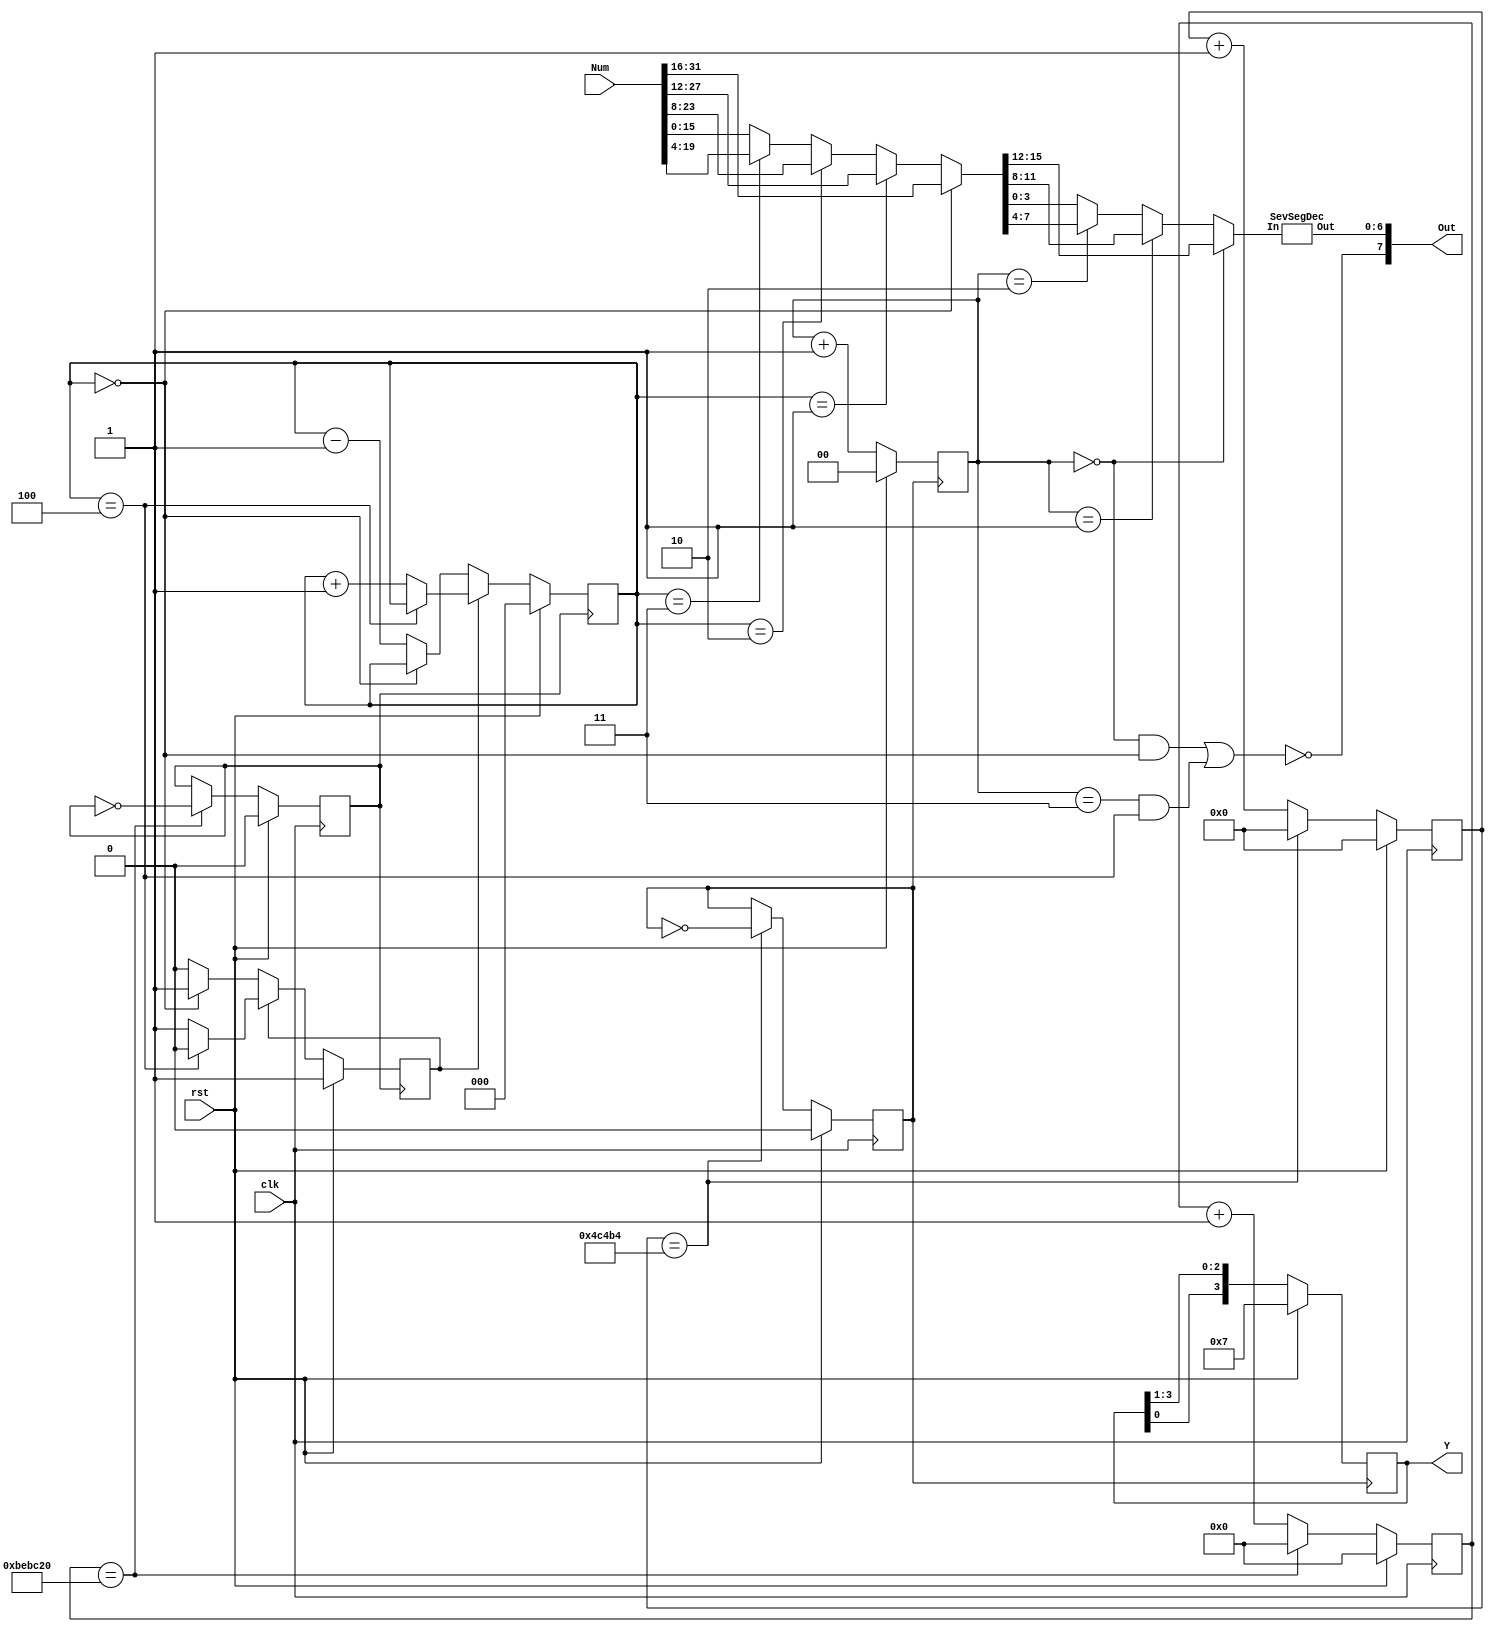
`timescale 1ns / 1ps


module display(         //unnecessarily fancy
    input clk, rst,
    input [31:0] Num,
    output[7:0] Out,
    output reg[3:0] Y
    );

    wire [3:0] In;
    wire [15:0] Num_subset;
    reg [1:0] ScanCount;
    reg [2:0] SlideCount; reg upcount;

    SevSegDec hexDec (In, Out[6:0]);
    
    //decimal point
    assign Out[7] =  ~((ScanCount == 2'd0) && (SlideCount == 3'd0) || (ScanCount == 2'd3) && (SlideCount == 3'd4));
    
    reg gclk100; reg[18:0] gcount100;   // > 100Hz
    reg gclk1; reg[25:0] gcount1;       //1-2Hz
    always @ (posedge clk) begin 
        if (rst) begin
            gcount1 <= 26'd0;
            gcount100 <= 19'd0;
            gclk1 <= 1'b0;
            gclk100 <= 1'b0;
        end
        else begin
            if (gcount1 == 26'd12_500_000) begin //parameterize
                gcount1 <=  26'd0;
                gclk1 <= ~gclk1;
            end
            else
                gcount1 <= gcount1 + 1;
            if (gcount100 == 19'd312_500) begin
                gcount100 <= 19'd0;
                gclk100 <= ~gclk100;
            end
            else
                gcount100 <= gcount100 + 1;
        end
    end

    always @ (posedge gclk100) begin
        if (rst) begin              //refactor
            Y <= 4'b0111; // Y = {Y[0], Y[3:1]}
            ScanCount <= 2'b0;
        end
        else begin
            Y <= {Y[0], Y[3:1]};
            ScanCount <= ScanCount + 1;
        end
    end
    
    always @(posedge gclk1) begin
        if (rst) begin              //refactor
            upcount <= 1'b1;
            SlideCount <= 3'd0;
        end
        else begin 
            if (upcount) begin
                if (SlideCount == 3'd4)
                    upcount <= 1'b0;
                else
                    SlideCount <= SlideCount + 1;
            end
            else begin
                if (SlideCount == 3'd0)
                    upcount <= 1'b1;
                else
                    SlideCount <= SlideCount - 1;
            end
        end
    end
    
    assign Num_subset = (SlideCount == 3'd0)? Num[31:16] :
                    (SlideCount == 3'd1)? Num[27:12] :
                    (SlideCount == 3'd2)? Num[23:8]  :
                    (SlideCount == 3'd3)? Num[19:4]  : Num[15:0];                    
                                                      
    assign In = (ScanCount == 2'd0)? Num_subset[15:12]:
                (ScanCount == 2'd1)? Num_subset[11:8] :
                (ScanCount == 2'd2)? Num_subset[7:4]  : Num_subset[3:0]; 
    

endmodule



module SevSegDec (input [3:0] In, output reg [6:0] Out);
//assuming the order a,b,c,d,e,f,g
always @ (In) begin
	case (In)
		4'd0:	Out = 7'b000_0001; //decimal
		4'd1:	Out = 7'b100_1111;
		4'd2:	Out = 7'b001_0010;
		4'd3:	Out = 7'b000_0110;
		4'd4:	Out = 7'b100_1100;
		4'd5:	Out = 7'b010_0100;
		4'd6:	Out = 7'b010_0000;
		4'd7:	Out = 7'b000_1111;
		4'd8:	Out = 7'b000_0000;
		4'd9:	Out = 7'b000_0100;
		4'd10:	Out = 7'b000_1000; // for hex
		4'd11:	Out = 7'b110_0000;
		4'd12:	Out = 7'b011_0001;
		4'd13:	Out = 7'b100_0010;
		4'd14:	Out = 7'b011_0000;		
		4'd15:	Out = 7'b011_1000; 
		default: Out = 7'b111_1111;
	endcase
end
endmodule